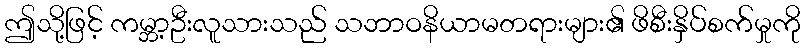
ဤသို့ဖြင့် ကမ္ဘာ့ဦးလူသားသည် သဘာဝနိယာမတရားများ၏ ဖိစီးနှိပ်စက်မှုကို